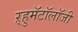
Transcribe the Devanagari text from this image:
ऱ्हुमॅटॉलॉजी